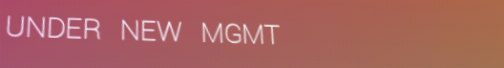
UNDER NEW MGMT